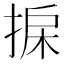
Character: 𢮄